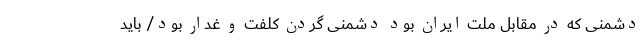
دشمنی که در مقابل ملت ایران بود دشمنی گردن کلفت و غدّار بود/ باید